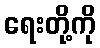
ရေးတို့ကို